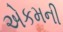
એકમની